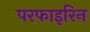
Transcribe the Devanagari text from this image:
परफाइरिन